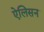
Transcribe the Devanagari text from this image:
ऐलिसन